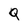
Character: Q